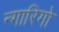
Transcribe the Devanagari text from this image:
न्गारिगो